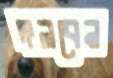
দলবেন